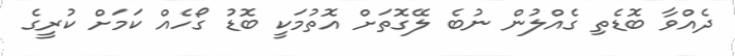
ދެއްވާ ބޮޑެތި ގެއްލުން ނުބެ ލޭގޮތަށް އޮތުމަކީ ބޮޑު ގޯހެއް ކަމަށް ކުރީގެ